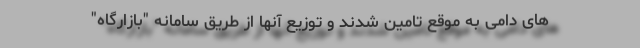
های دامی به موقع تامین شدند و توزیع آنها از طریق سامانه "بازارگاه"